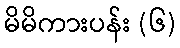
မိမိကားပန်း (၆)